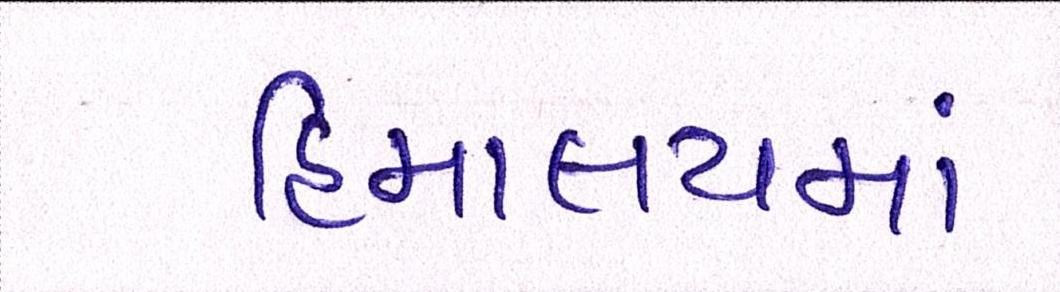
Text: હિમાલયમાં